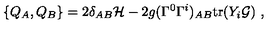
\{ Q _ { A } , Q _ { B } \} = 2 \delta _ { A B } { \cal H } - 2 g ( \Gamma ^ { 0 } \Gamma ^ { i } ) _ { A B } \mathrm { t r } ( Y _ { i } { \cal G } ) \ ,